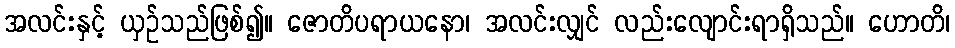
အလင်းနှင့် ယှဉ်သည်ဖြစ်၍။ ဇောတိပရာယနော၊ အလင်းလျှင် လည်းလျောင်းရာရှိသည်။ ဟောတိ၊